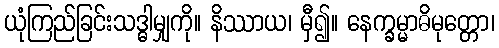
ယုံကြည်ခြင်းသဒ္ဓါမျှကို။ နိဿာယ၊ မှီ၍။ နေက္ခမ္မာဓိမုတ္တော၊